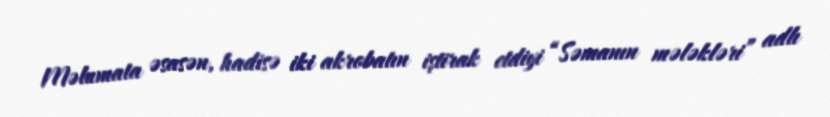
Məlumata əsasən, hadisə iki akrobatın iştirak etdiyi “Səmanın mələkləri” adlı